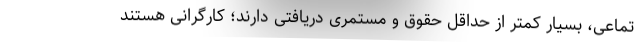
تماعی، بسیار کمتر از حداقل حقوق و مستمری دریافتی دارند؛ کارگرانی هستند